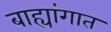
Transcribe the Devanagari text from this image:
बाह्यांगात